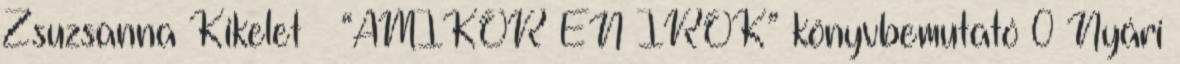
Zsuzsanna Kikelet – “AMIKOR ÉN ÍROK” könyvbemutató 0 Nyári